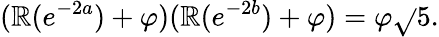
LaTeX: (\mathbb{R}(e^{-2a})+\varphi)(\mathbb{R}(e^{-2b})+\varphi)=\varphi{\sqrt{}{{5}}}.